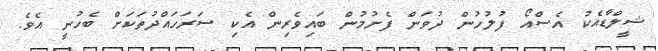
ޝީލްޑާއެކު އެސްއޯ ފުލުހުން ދުވަން ފެށުމުން ބައިވެރިން އެކި ސަރަހައްދުތަކަށް ބެހުނީ އެވެ.